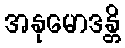
အနုမောဒန္တိ